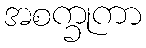
အစက္ခုကာ